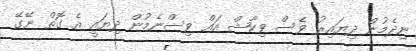
ނިދެމުން ދިޔައިރު ވެސް ވިކާޝް އައް ވިސްނެމުން ދިޔައީ އެ ގޮތް ނޭގޭ